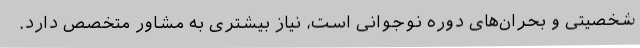
شخصیتی و بحران‌های دوره نوجوانی است، نیاز بیشتری به مشاور متخصص دارد.